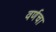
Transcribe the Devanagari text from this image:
वर्णचा